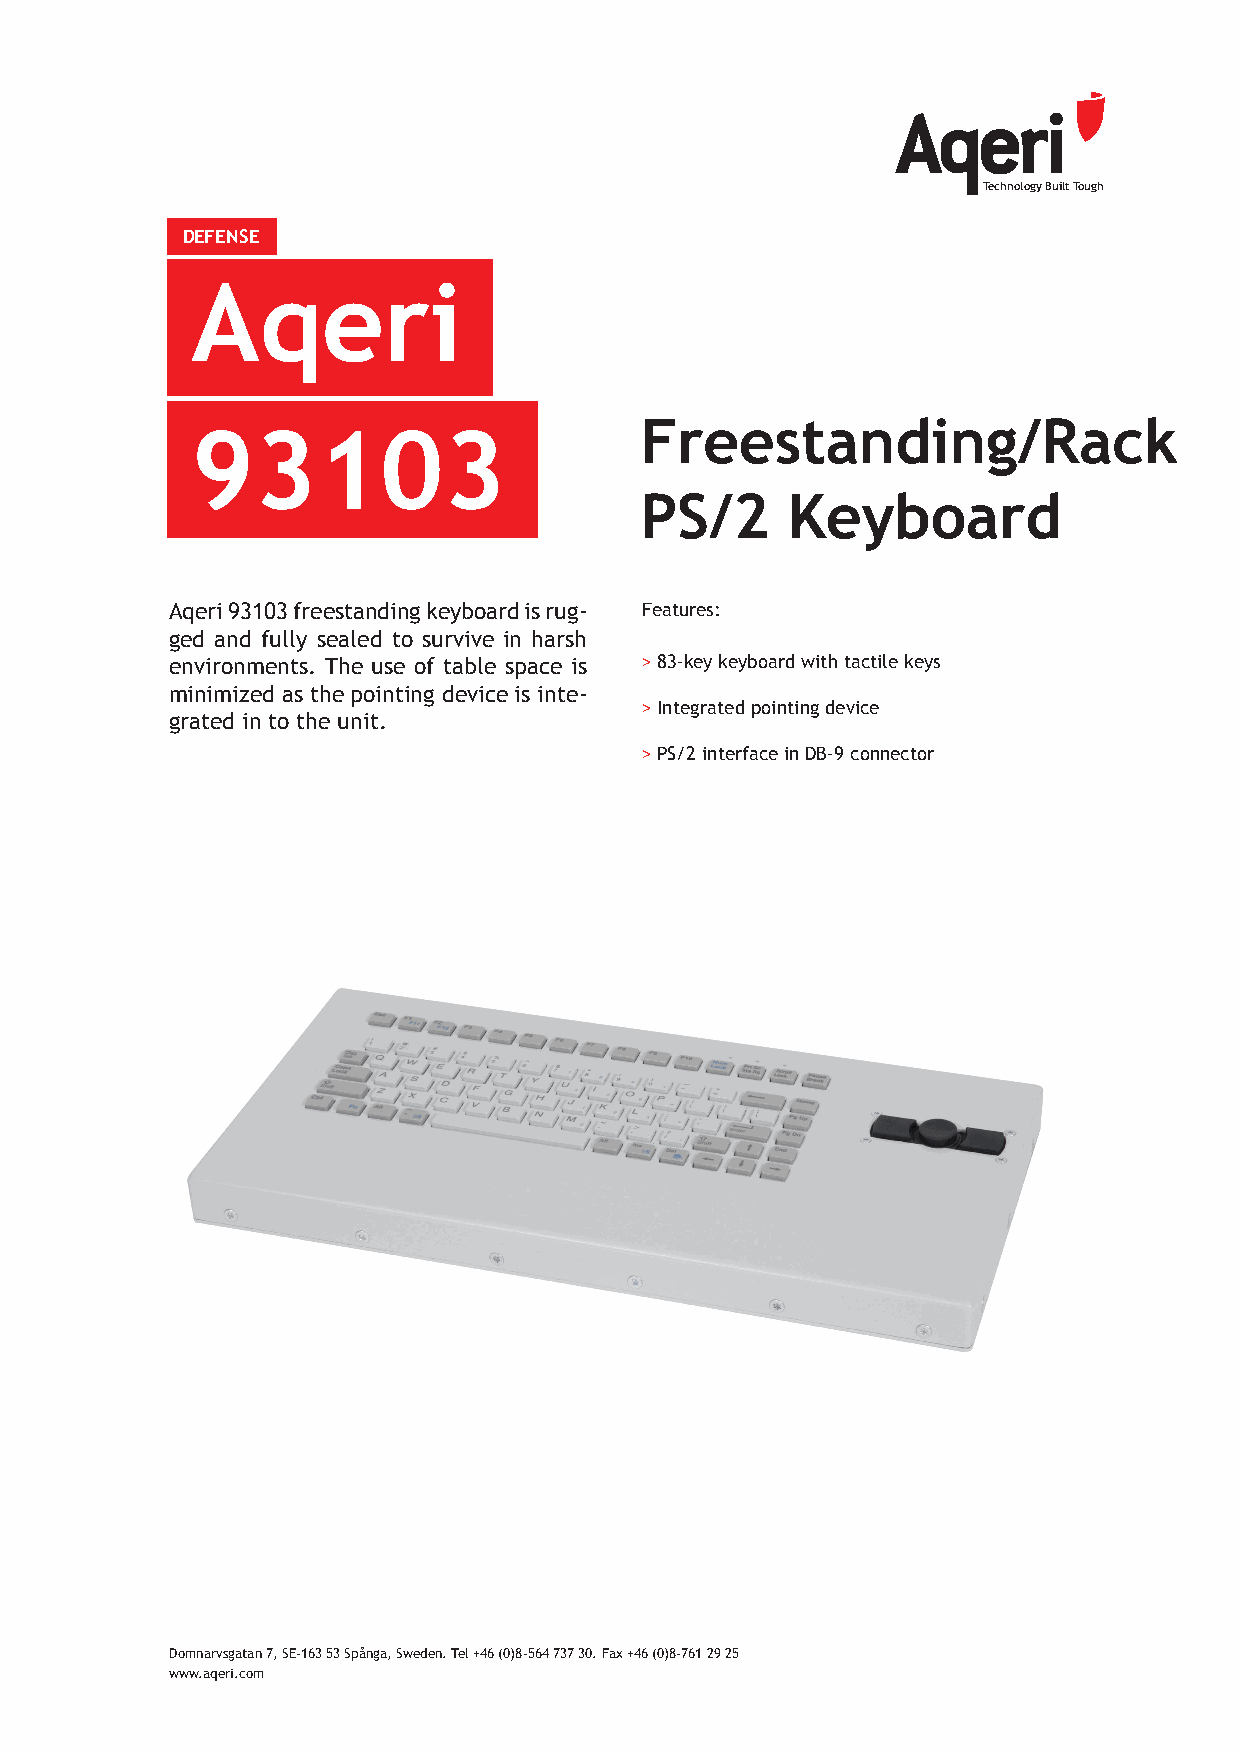
Technology Built Tough
 DEFENSE
 Aqeri
 Freestanding/Rack
 93103
 PS/2      Keyboard
 Aqeri 93103 freestanding keyboard is rug- Features:
 ged and fully sealed to survive in harsh
 environments. The use of table space is > 83-key keyboard with tactile keys
 minimized as the pointing device is inte-
 > Integrated pointing device
 grated in to the unit.
 > PS/2 interface in DB-9 connector
 Domnarvsgatan 7, SE-163 53 Spånga, Sweden. Tel +46 (0)8-564 737 30. Fax +46 (0)8-761 29 25
 www.aqeri.com